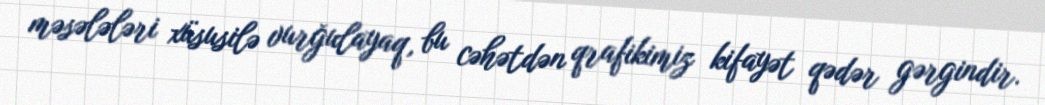
məsələləri xüsusilə vurğulayaq, bu cəhətdən qrafikimiz kifayət qədər gərgindir.